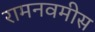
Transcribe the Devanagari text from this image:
रामनवमीस